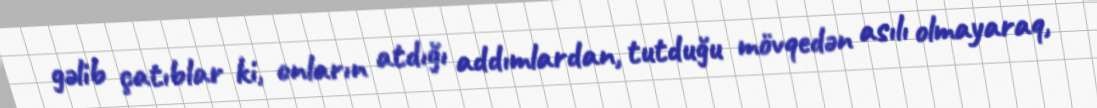
gəlib çatıblar ki, onların atdığı addımlardan, tutduğu mövqedən asılı olmayaraq,